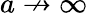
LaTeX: a\not\to\infty